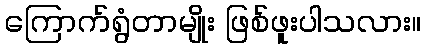
ကြောက်ရွံတာမျိုး ဖြစ်ဖူးပါသလား။